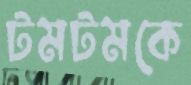
টমটমকে